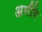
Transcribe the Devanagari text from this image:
अमीरे